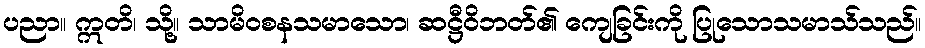
ပညာ။ ဣတိ၊ သို့။ သာမိဝစနသမာသော၊ ဆဋ္ဌီဝိဘတ်၏ ကျေခြင်းကို ပြုသောသမာသ်သည်။